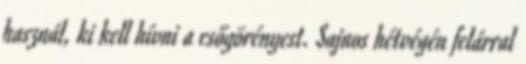
használ, ki kell hívni a csőgörényest. Sajnos hétvégén felárral